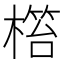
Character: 𣘜